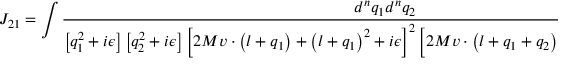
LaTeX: J _ { 2 1 } = \int { \frac { d ^ { n } q _ { 1 } d ^ { n } q _ { 2 } } { \left[ q _ { 1 } ^ { 2 } + i \epsilon \right] \left[ q _ { 2 } ^ { 2 } + i \epsilon \right] \left[ 2 M v \cdot \left( l + q _ { 1 } \right) + \left( l + q _ { 1 } \right) ^ { 2 } + i \epsilon \right] ^ { 2 } \left[ 2 M v \cdot \left( l + q _ { 1 } + q _ { 2 } \right) + \left( l + q _ { 1 } + q _ { 2 } \right) ^ { 2 } + i \epsilon \right] } }